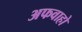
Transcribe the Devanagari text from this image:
अफवाहो